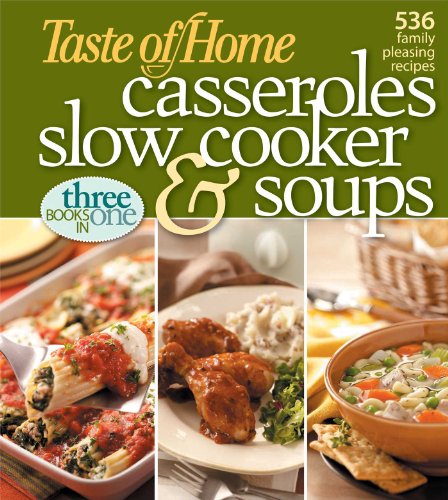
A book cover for Taste of Home: Casseroles, Slow Cooker, and Soups: Casseroles, Slow Cooker, and Soups: 536 Family Pleasing Recipes; Taste of Home; Cookbooks, Food & Wine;